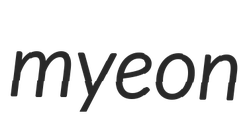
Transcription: myeon